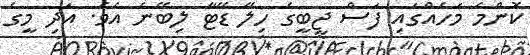
ކޮންމެ މަހެއްގައި ފަސް ޖީބީގެ ހިލޭ ޑޭޓާ ލިބޭނެ އެވެ. އަދި މީގެ